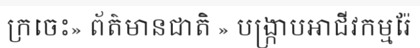
ក្រចេះ» ព័ត៌មានជាតិ » បង្ក្រាបអាជីវកម្មរ៉ែ